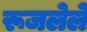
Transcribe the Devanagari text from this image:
रूजलेले